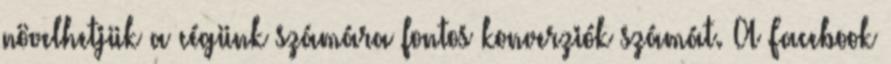
növelhetjük a cégünk számára fontos konverziók számát. A Facebook